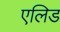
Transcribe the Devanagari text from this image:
एलिड